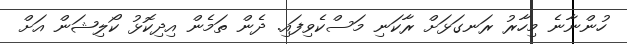
ހުންނާނެ މިހާރު ރަނގަޅަށް ރާކަނި މަސްކެވިފައި. ދެން ތަމެން އިދިކޮޅު ކޯލިޝަން އަށް